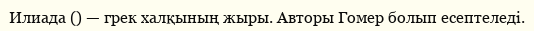
Илиада () — грек халқының жыры. Авторы Гомер болып есептеледі.